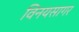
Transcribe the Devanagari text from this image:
विनयसागर